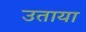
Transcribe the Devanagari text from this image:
उताया